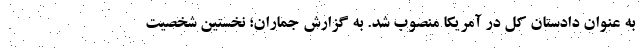
به عنوان دادستان کل در آمریکا منصوب شد. به گزارش جماران؛ نخستین شخصیت